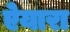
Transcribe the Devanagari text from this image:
ऐयारा